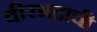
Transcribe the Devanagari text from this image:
वीरभद्राची